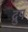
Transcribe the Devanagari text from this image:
द्रुप